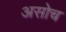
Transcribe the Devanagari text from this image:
असोच